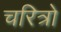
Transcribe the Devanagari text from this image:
चरित्रो